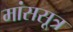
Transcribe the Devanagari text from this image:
मांससूत्र